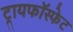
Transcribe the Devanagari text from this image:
ट्रायफॉस्फेट